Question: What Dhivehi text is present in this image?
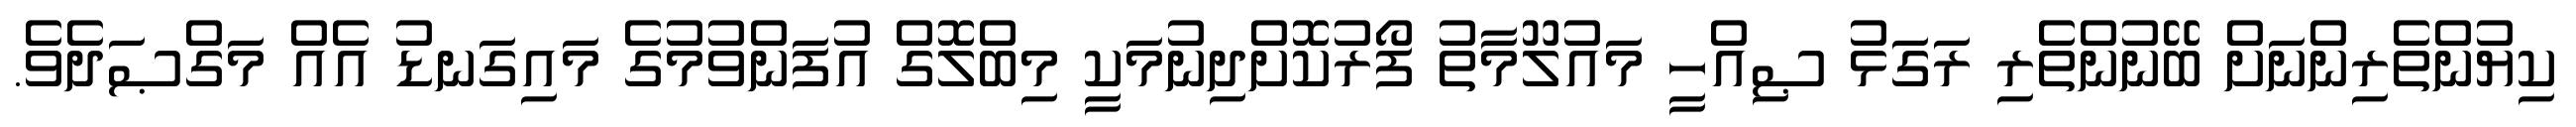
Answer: ކިޔުންތެރިންނަށް ބޭނުންތެރި ރަގަޅު ޞިއްހީ މައުލޫމާތު ފޯރުކޮށްދިނުމަކީ މިބްލޮގް އުފަންވުމުގެ މައިގަނޑު އެއް މަގްޞަދެވެ.